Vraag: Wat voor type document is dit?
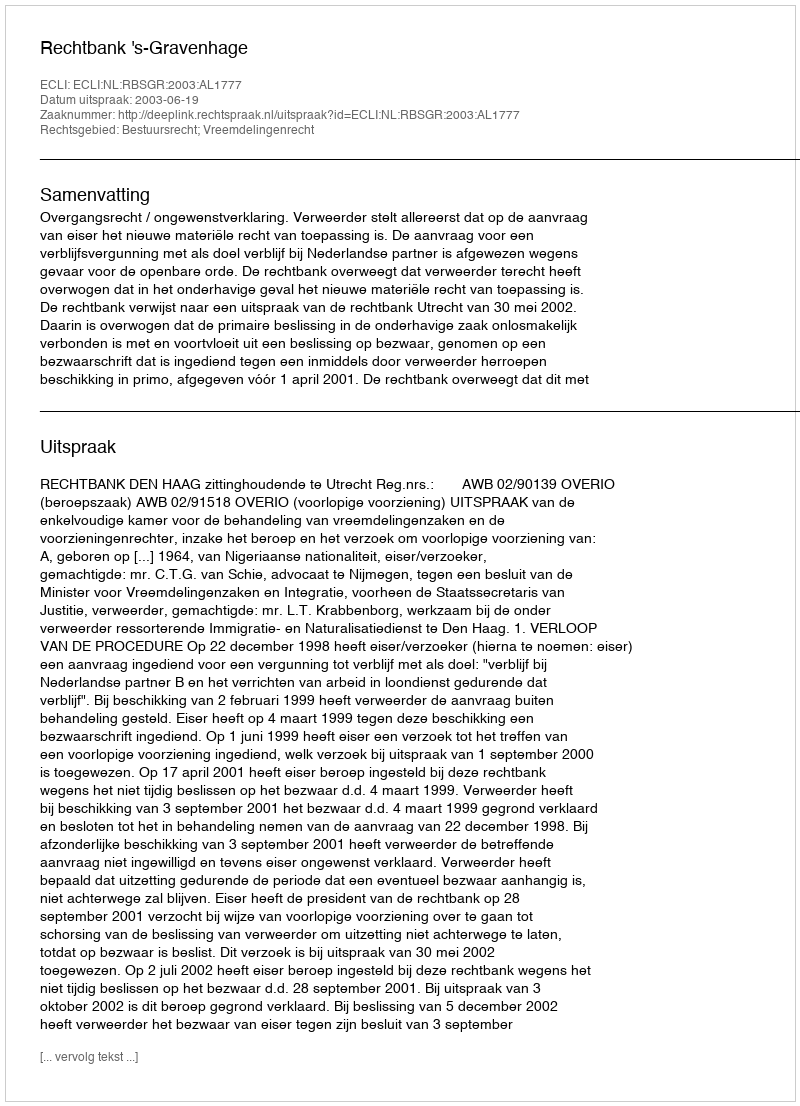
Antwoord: Uitspraak